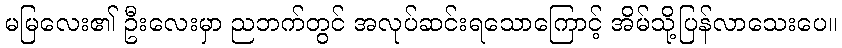
မမြလေး၏ ဦးလေးမှာ ညဘက်တွင် အလုပ်ဆင်းရသောကြောင့် အိမ်သို့ပြန်လာသေးပေ။